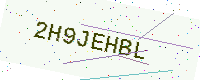
Text: 2H9JEHBL